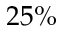
2 5 \%